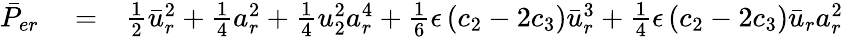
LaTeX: \begin{array}{rlr}{\bar{P}_{er}}&{{}=}&{\frac{1}{2}\bar{u}_{r}^{2}+\frac{1}{4}a_{r}^{2}+\frac{1}{4}u_{2}^{2}a_{r}^{4}+\frac{1}{6}\epsilon\left(c_{2}-2c_{3}\right)\bar{u}_{r}^{3}+\frac{1}{4}\epsilon\left(c_{2}-2c_{3}\right)\bar{u}_{r}a_{r}^{2}}\end{array}